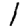
Digit: 1